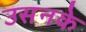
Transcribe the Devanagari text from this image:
उसनके